Veterinary regulations India, 1935 -
Year: 1935
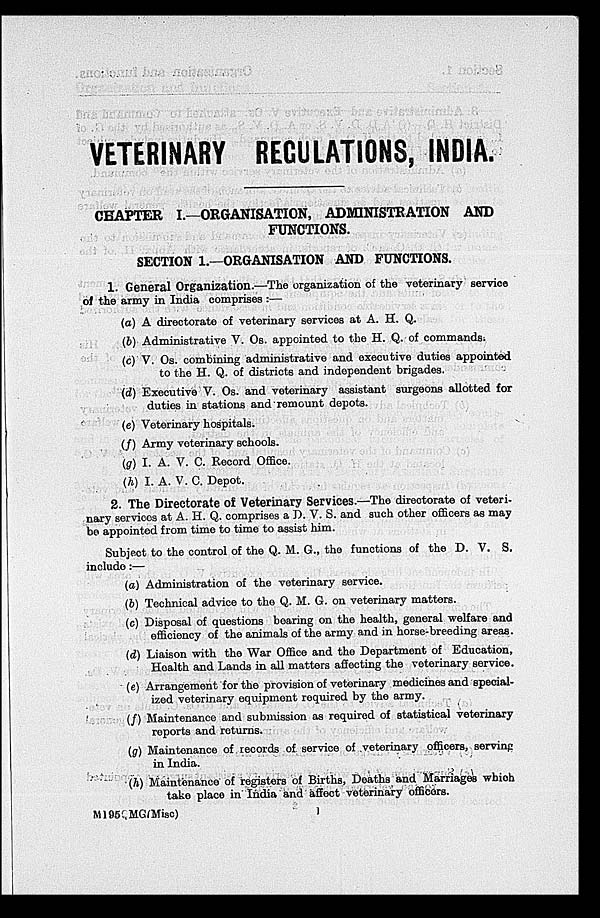
VETERINARY REGULATIONS, INDIA.
CHAPTER I.—ORGANISATION, ADMINISTRATION AND
FUNCTIONS.
SECTION 1.—ORGANISATION AND FUNCTIONS.
1. General Organization.—The organization of the veterinary service
of the army in India comprises :—
(a) A directorate of veterinary services at A. H. Q.
(b) Administrative V. Os. appointed to the H. Q. of commands.
(c) V. Os. combining administrative and executive duties appointed
to the H. Q. of districts and independent brigades.
(d) Executive V. Os. and veterinary assistant surgeons allotted for
duties in stations and remount depots.
(e) Veterinary hospitals.
(f) Army voterinary schools.
(g) I. A. V. C. Record Office.
(h) I. A. V. C. Depot.
2. The Directorate of Veterinary Services.—The directorate of veteri-
nary services at A. H. Q. comprises a D. V. S. and such other officers as may
be appointed from time to time to assist him.
Subject to the control of the Q. M. G., the functions of the D. V. S.
include:—
(a) Administration of the veterinary service.
(b) Technical advice to the Q. M. G. on veterinary matters.
(c) Disposal of questions bearing on the health, general welfare and
efficiency of the animals of the army and in horse-breeding areas.
(d) Liaison with the War Office and the Department of Education,
Health and Lands in all matters affecting the voterinary service.
(e) Arrangement for the provision of veterinary medicines and special-
ized veterinary equipment required by the army.
(f) Maintenance and submission as required of statistical veterinary
reports and returns.
(g) Maintenance of records of service of veterinary officers, service
in India.
(h) Maintenance of registers of Births, Deaths and Marriages which
take place in India and affect veterinary officers.
M195 MG(Misc)